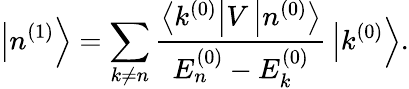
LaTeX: \left|n^{(1)}\right\rangle=\sum_{k\neq n}{\frac{\left\langle k^{(0)}\right|V\left|n^{(0)}\right\rangle}{E_{n}^{(0)}-E_{k}^{(0)}}}\left|k^{(0)}\right\rangle.